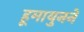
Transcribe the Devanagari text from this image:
हूमायुनने